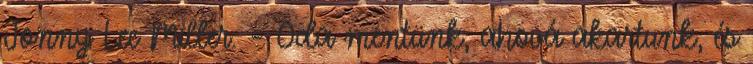
Jonny Lee Miller. – Oda mentünk, ahová akartunk, és